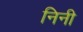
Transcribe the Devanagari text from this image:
निनी